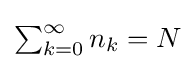
{\textstyle \sum _{k=0}^{\infty }n_{k}=N}